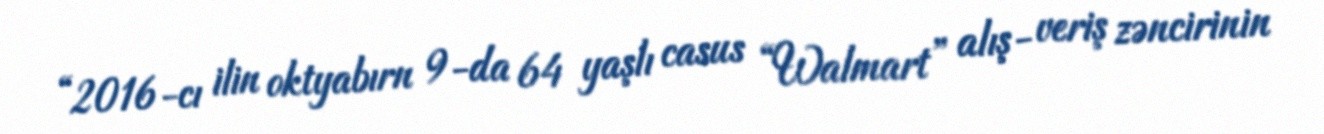
“2016-cı ilin oktyabırn 9-da 64 yaşlı casus “Walmart” alış- veriş zəncirinin